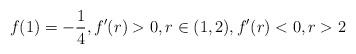
LaTeX: \begin{align*}f(1)=-\frac{1}{4}, f'(r)>0, r\in (1,2), f'(r)<0, r>2\end{align*}